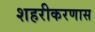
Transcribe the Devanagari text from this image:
शहरीकरणास